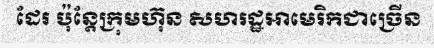
ដែរ ប៉ុន្តែក្រុមហ៊ុន សហរដ្ឋអាមេរិកជាច្រើន